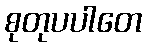
စုတုပပါတေ